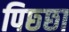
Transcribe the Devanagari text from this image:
पिछ्छा